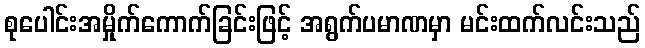
စုပေါင်းအမှိုက်ကောက်ခြင်းဖြင့် အရွက်ပမာဏမှာ မင်းထက်လင်းသည်